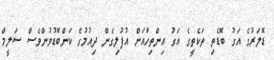
ޑޮލަރުގެ އަގު ބޮޑެތި ތަކެތީގެ އަގު އިންތިހާއަށް އުފުލިގެން ދިއުމުގެ ކަންބޮޑުވުންވެސް ސަލީމް